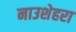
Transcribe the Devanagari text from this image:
नाउशेहरा